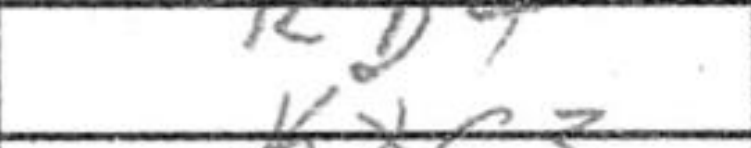
Transcription: Kd4